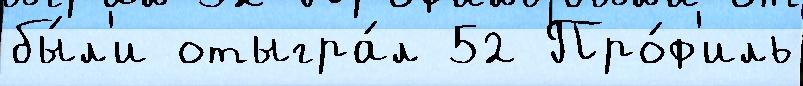
бы́л'и отыгра́л 52 Про́ф'иль